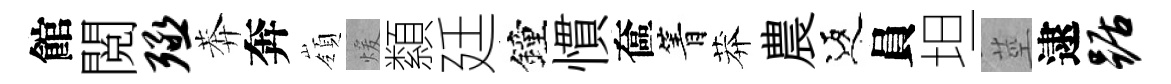
館閲殛莾奔嶺煖纇廷鐘慣奩箐莽農返員坦莖逮踞